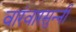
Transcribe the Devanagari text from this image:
वारंवारसुन्नी